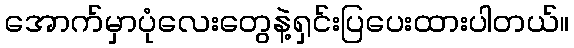
အောက်မှာပုံလေးတွေနဲ့ရှင်းပြပေးထားပါတယ်။